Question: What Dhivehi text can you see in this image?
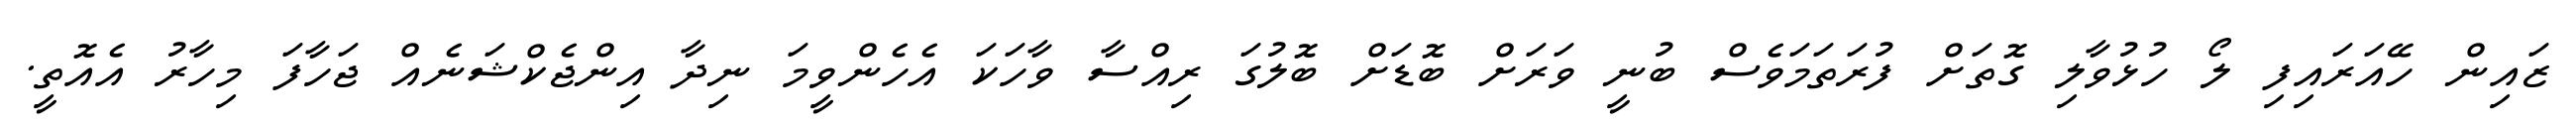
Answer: ޒައިން ހޭއަރައިފި ލޯ ހުޅުވާލި ގޮތަށް ފުރަތަމަވެސް ބުނީ ވަރަށް ބޮޑަށް ބޮލުގަ ރިއްސާ ވާހަކަ އެހެންވީމަ ނިދާ އިންޖެކްޝަނެއް ޖަހާފަ މިހާރު އެއޮތީ.